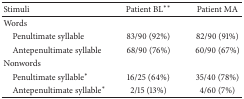
<table><thead><tr><td><b>Stimuli</b></td><td><b>Patient BL<sup>∗∗</sup></b></td><td><b>Patient MA</b></td></tr></thead><tbody><tr><td>Words</td><td> </td><td> </td></tr><tr><td> Penultimate syllable</td><td>83/90 (92%)</td><td>82/90 (91%)</td></tr><tr><td> Antepenultimate syllable</td><td>68/90 (76%)</td><td>60/90 (67%)</td></tr><tr><td>Nonwords</td><td> </td><td> </td></tr><tr><td> Penultimate syllable<sup>∗</sup></td><td>16/25 (64%) </td><td>35/40 (78%)</td></tr><tr><td> Antepenultimate syllable<sup>∗</sup></td><td>2/15 (13%)</td><td>4/60 (7%)</td></tr></tbody></table>